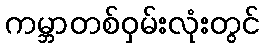
ကမ္ဘာတစ်ဝှမ်းလုံးတွင်